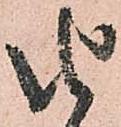
由